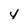
Character: 4